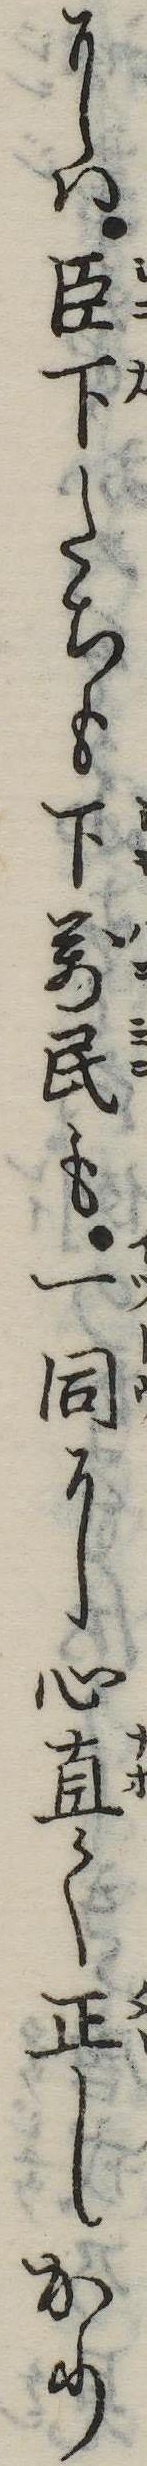
には臣下たちも下万民も一同に心直く正しかり